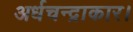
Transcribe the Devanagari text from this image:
अर्धचन्द्राकार।